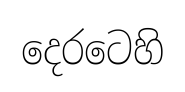
දෙරටෙහි